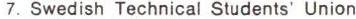
7. Swedish Technical Students' Union